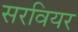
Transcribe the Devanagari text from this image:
सरवियर